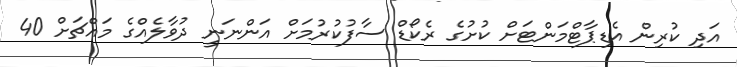
އަދި ކުރިން އެޑިޕާޓްމަންޓަށް ކުށުގެ ރެކޯޑް ސާފުކުރުމަށް އަންނަނީ ދުވާލެއްގެ މައްޗަށް 40